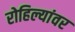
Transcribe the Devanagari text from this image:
रोहिल्यांवर